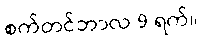
စက်တင်ဘာလ 9 ရက်။